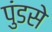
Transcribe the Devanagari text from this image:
पुंडसे